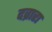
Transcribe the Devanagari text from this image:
दव्रारा